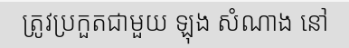
ត្រូវប្រកួតជាមួយ ឡុង សំណាង នៅ